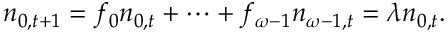
n _ { 0 , t + 1 } = f _ { 0 } n _ { 0 , t } + \cdots + f _ { \omega - 1 } n _ { \omega - 1 , t } = \lambda n _ { 0 , t } .